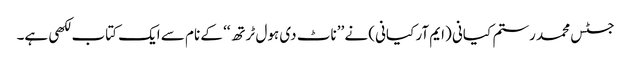
جسٹس محمد رستم کیانی (ایم آر کیانی) نے ’’ناٹ دی ہول ٹرتھ‘‘ کے نام سے ایک کتاب لکھی ہے۔